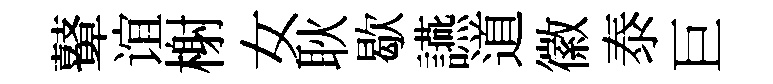
鼙谊榭女耿歇讌道徽泰巨